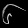
Digit: ၆